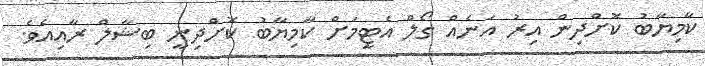
ކާމިޔާބު ކޮށްދިން އިރު އަނެއް ގޯލް އެޓީމަށް ކާމިޔާބު ކޮށްދިނީ ބިޝާލް ރާއިއެވެ.